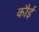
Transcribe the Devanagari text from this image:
कौई